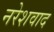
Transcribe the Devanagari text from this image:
नरेशवाद